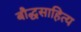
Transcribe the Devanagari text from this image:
बौद्धसाहित्य